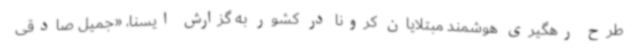
طرح رهگیری هوشمند مبتلایان کرونا در کشور به گزارش ایسنا، «جمیل صادقی